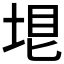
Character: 𡋳